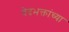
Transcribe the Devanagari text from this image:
वेदभक्तांच्या